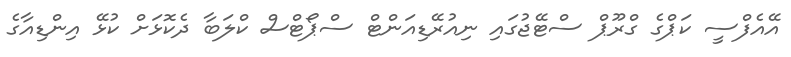
އޭއެފްސީ ކަޕްގެ ގްރޫޕް ސްޓޭޖުގައި ނިއުރޭޑިއަންޓް ސްޕޯޓްސް ކްލަބާ ދެކޮޅަށް ކުޅޭ އިންޑިއާގެ